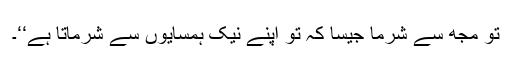
تو مجھ سے شرما جیسا کہ تو اپنے نیک ہمسایوں سے شرماتا ہے‘‘۔